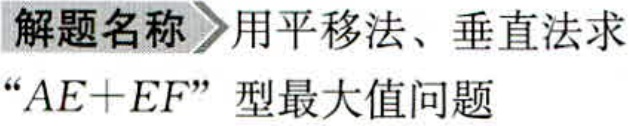
解题名称 用平移法、垂直法求“\(AE + EF\)”型最大值问题